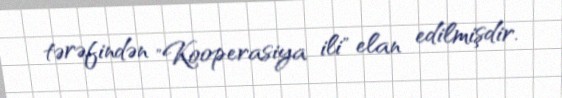
tərəfindən "Kooperasiya ili" elan edilmişdir.